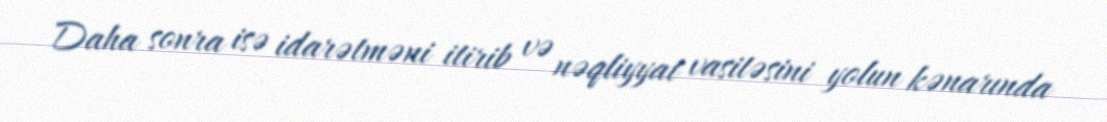
Daha sonra isə idarətməni itirib və nəqliyyat vasitəsini yolun kənarında